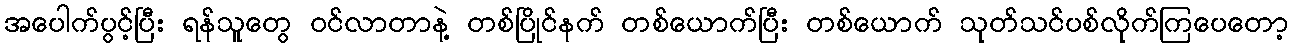
အပေါက်ပွင့်ပြီး ရန်သူတွေ ဝင်လာတာနဲ့ တစ်ပြိုင်နက် တစ်ယောက်ပြီး တစ်ယောက် သုတ်သင်ပစ်လိုက်ကြပေတော့